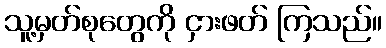
သူ့မှတ်စုတွေကို ငှားဖတ် ကြသည်။